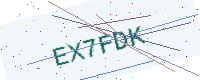
Text: EX7FDK